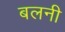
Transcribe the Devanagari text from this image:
बलनी